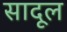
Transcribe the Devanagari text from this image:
सादूल